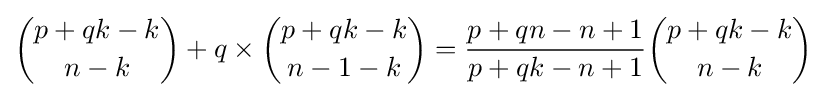
{\binom {p+qk-k}{n-k}}+q\times {\binom {p+qk-k}{n-1-k}}={\frac {p+qn-n+1}{p+qk-n+1}}{\binom {p+qk-k}{n-k}}